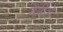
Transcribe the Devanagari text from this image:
बेबीचे